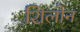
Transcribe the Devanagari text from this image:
शिलोन